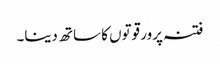
فتنہ پرور قوتوں کا ساتھ دینا۔